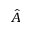
\hat { A }